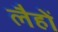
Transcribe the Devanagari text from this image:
लैहों